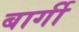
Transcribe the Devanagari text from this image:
बार्गी